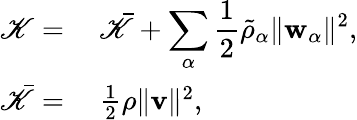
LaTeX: \begin{array}{rl}{\mathscr{K}=}&{{}~\bar{\mathscr{K}}+\displaystyle\sum_{\alpha}\frac{1}{2}\tilde{\rho}_{\alpha}\| \mathbf{w}_{\alpha}\| ^{2},}\\ {\bar{\mathscr{K}}=}&{{}~\frac{1}{2}\rho\| \mathbf{v}\| ^{2},}\end{array}